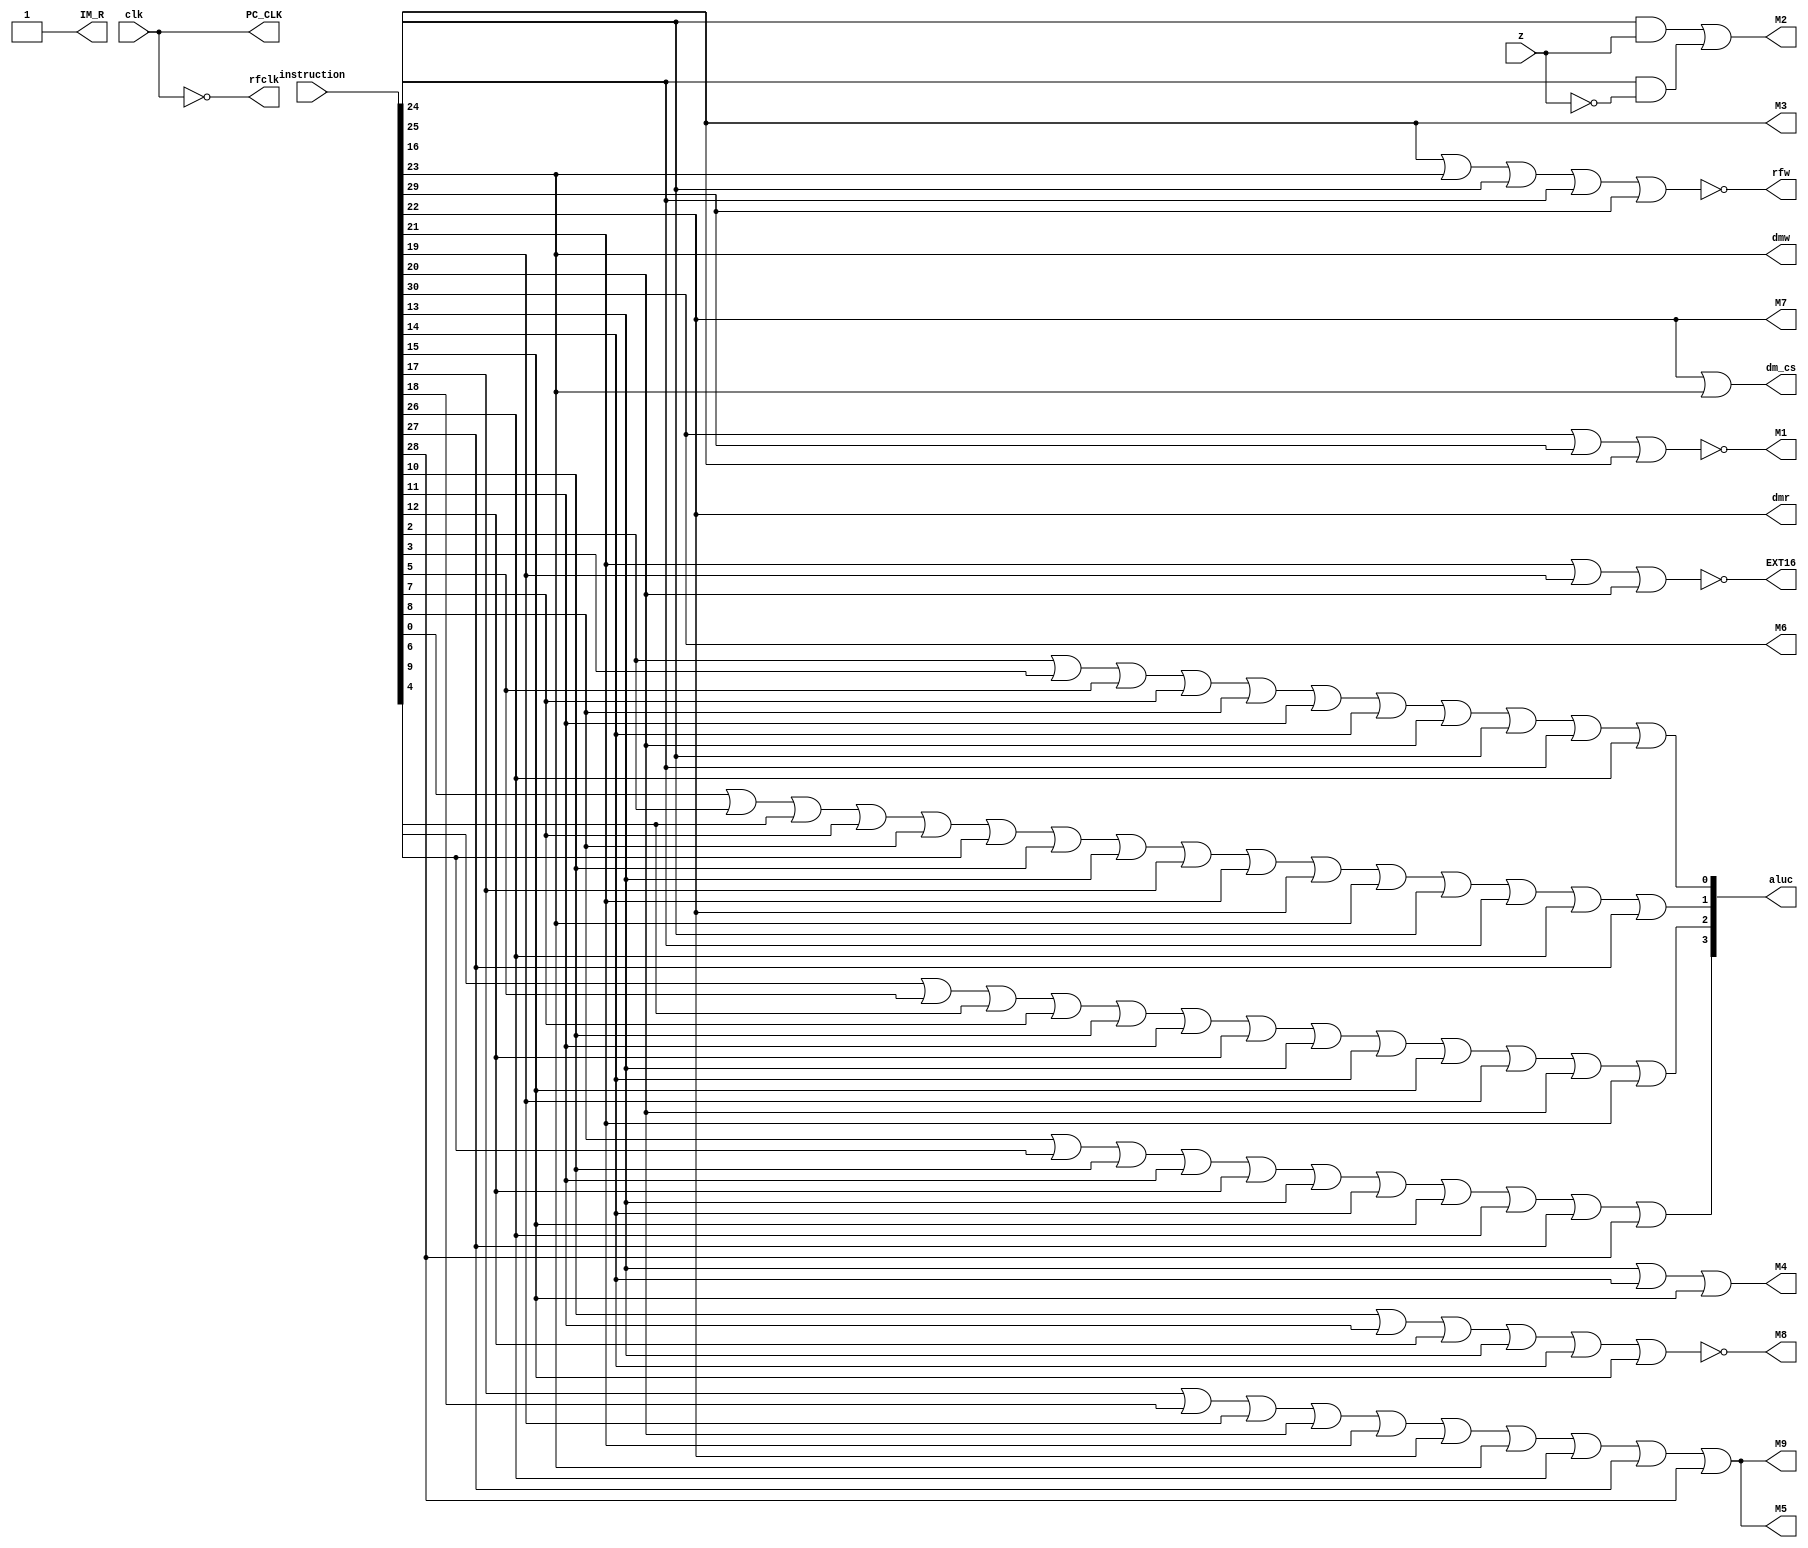
`timescale 1ns / 1ps
//////////////////////////////////////////////////////////////////////////////////
// Company: 
// Engineer: 
// 
// Design Name: 
// Module Name: CU
// Project Name: 
// Target Devices: 
// Tool Versions: 
// Description: 
// 
// Dependencies: 
// 
// Revision:
// Revision 0.01 - File Created
// Additional Comments:
// 
//////////////////////////////////////////////////////////////////////////////////
module CU(
    input clk,
    input z,
    input [31:0] instruction,
    output PC_CLK,
    output IM_R,
    output M1,
    output M2,
    output M3,
    output M4,
    output M5,
    output M6,
    output M7,
    output M8,
    output M9,
    output [3:0]aluc,
    output rfw,
    output rfclk,
    output dmw,
    output dmr,
    output dm_cs,
    output EXT16
    );
    
    parameter Add = 5'd0;
    parameter Addu = 5'd1;
    parameter Sub = 5'd2;
    parameter Subu = 5'd3;
    parameter And = 5'd4;
    parameter Or = 5'd5;
    parameter Xor = 5'd6;
    parameter Nor = 5'd7;
    parameter Slt = 5'd8;
    parameter Sltu = 5'd9;
    parameter Sll = 5'd10;
    parameter Srl = 5'd11;
    parameter Sra = 5'd12;
    parameter Sllv = 5'd13;
    parameter Srlv = 5'd14;
    parameter Srav = 5'd15;
    parameter Jr = 5'd16;
    parameter Addi = 5'd17;
    parameter Addiu = 5'd18;
    parameter Andi = 5'd19;
    parameter Ori = 5'd20;
    parameter Xori = 5'd21;
    parameter Lw = 5'd22;
    parameter Sw = 5'd23;
    parameter Beq = 5'd24;
    parameter Bne = 5'd25;
    parameter Slti = 5'd26;
    parameter Sltiu = 5'd27;
    parameter Lui = 5'd28;
    parameter J = 5'd29;
    parameter Jal = 5'd30;
    
    assign PC_CLK = clk;
    assign IM_R = 1;
    assign M1 = !(instruction[Jal]||instruction[J]||instruction[Jr]);
    assign M2 = (instruction[Beq] && z) || (instruction[Bne] && !z);
    assign M3 = instruction[Jr];
    assign M4 = instruction[Sllv] || instruction[Srlv] || instruction[Srav];
    assign M5 = instruction[Addi] || instruction[Addiu] || instruction[Andi] || instruction[Ori] ||
        instruction[Xori] ||instruction[Lw]||instruction[Sw] || instruction[Slti] || instruction[Sltiu] ||instruction[Lui];
    assign M6 = instruction[Jal] ;
    assign M7 =instruction[Lw];
    assign M8 =!(instruction[Sll]||instruction[Srl]||instruction[Sra]||instruction[Sllv]||instruction[Srlv]||instruction[Srav]);
    assign M9 = instruction[Addi] ||instruction[Addiu]||instruction[Andi]||instruction[Ori]||instruction[Xori]
        ||instruction[Lw]||instruction[Sw] || instruction[Slti] || instruction[Sltiu] ||instruction[Lui];
    
    assign aluc[0] = instruction[Sub]||instruction[Subu]||instruction[Or]||instruction[Nor]||instruction[Slt]||
        instruction[Srl]||instruction[Srlv]||instruction[Ori]||instruction[Beq]||instruction[Bne]||instruction[Slti];
    assign aluc[1]=instruction[Add]||instruction[Sub]||instruction[Xor]||instruction[Nor]||instruction[Slt]||
        instruction[Sltu]||instruction[Sll]||instruction[Sllv]||instruction[Addi]||instruction[Xori]||instruction[Lw]||
        instruction[Sw]||instruction[Beq]||instruction[Bne]||instruction[Slti]||instruction[Sltiu];
    assign aluc[2]=instruction[And]||instruction[Or]||instruction[Xor]||instruction[Nor]||instruction[Sll]||instruction[Srl]||
        instruction[Sra]||instruction[Sllv]||instruction[Srlv]||instruction[Srav]||instruction[Andi]||instruction[Ori]||instruction[Xori];
    assign aluc[3]=instruction[Slt]||instruction[Sltu]||instruction[Sll]||instruction[Srl]||instruction[Sra]||instruction[Sllv]||
        instruction[Srlv]||instruction[Srav]||instruction[Slti]||instruction[Sltiu]||instruction[Lui];
    assign rfw=!(instruction[Jr]||instruction[Sw]||instruction[Beq]||instruction[Bne]||instruction[J]);
    assign rfclk = !clk;
    assign dmw=instruction[Sw];
    assign dmr=instruction[Lw];
    assign dm_cs=instruction[Lw]||instruction[Sw];
    assign EXT16=!(instruction[Xori]||instruction[Andi]||instruction[Ori]);
endmodule